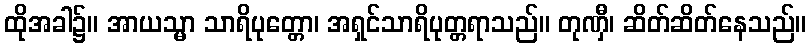
ထိုအခါ၌။ အာယသ္မာ သာရိပုတ္တော၊ အရှင်သာရိပုတ္တရာသည်။ တုဏှီ၊ ဆိတ်ဆိတ်နေသည်။